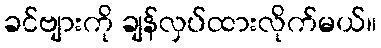
ခင်ဗျားကို ချန်လှပ်ထားလိုက်မယ်။